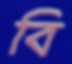
বি